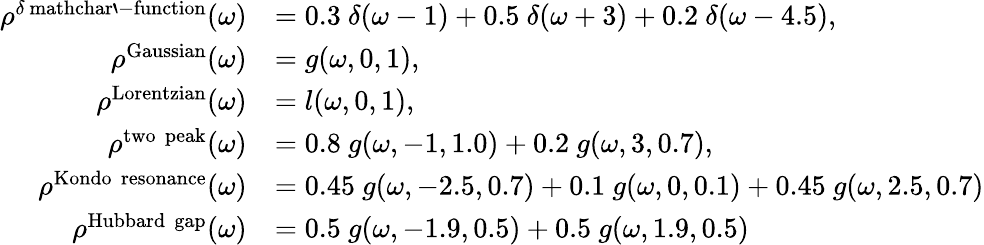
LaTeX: \begin{array}{rl}{\rho^{\delta\mathrm{\ mathchar`-function}}(\omega)}&{=0.3~\delta(\omega-1)+0.5~\delta(\omega+3)+0.2~\delta(\omega-4.5),}\\ {\rho^{\mathrm{Gaussian}}(\omega)}&{=g(\omega,0,1),}\\ {\rho^{\mathrm{Lorentzian}}(\omega)}&{=l(\omega,0,1),}\\ {\rho^{\mathrm{two\, \, peak}}(\omega)}&{=0.8~g(\omega,-1,1.0)+0.2~g(\omega,3,0.7),}\\ {\rho^{\mathrm{Kondo\, \, resonance}}(\omega)}&{=0.45~g(\omega,-2.5,0.7)+0.1~g(\omega,0,0.1)+0.45~g(\omega,2.5,0.7)}\\ {\rho^{\mathrm{Hubbard\, \, gap}}(\omega)}&{=0.5~g(\omega,-1.9,0.5)+0.5~g(\omega,1.9,0.5)}\end{array}